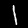
Label: 1